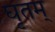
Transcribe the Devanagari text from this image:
घृतम्